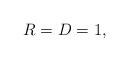
LaTeX: \begin{align*}R = D = 1, \end{align*}